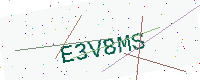
Text: E3V8MS